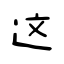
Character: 这